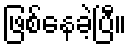
ဖြစ်နေခဲ့ပြီ။